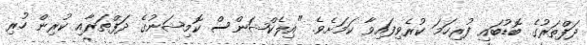
ދަފްތަރުގެ ބޮޑުބައި ފުރިހަމަ ކުރެވިފައިވާ ކަމަށެވެ. "އިލެކްޝަންސް ކޮމިޝަނުގެ ދަފްތަރާއި ކުރިން ހުރި